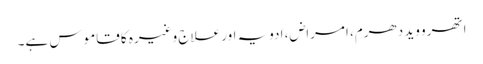
اتھرو وید دھرم، امراض، ادویہ اور علاج وغیرہ کا قاموس ہے۔